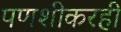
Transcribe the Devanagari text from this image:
पणशीकरही